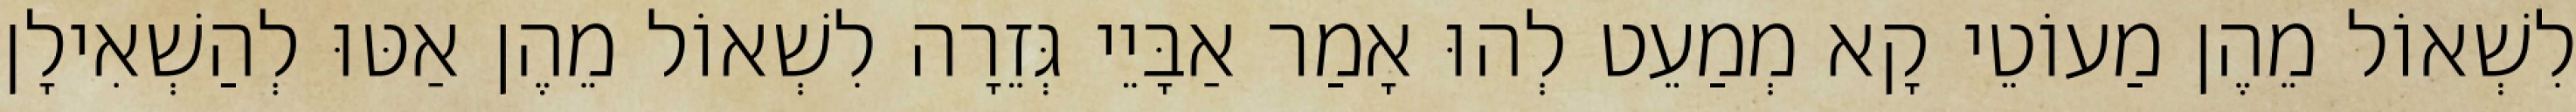
לִשְׁאוֹל מֵהֶן מַעוֹטֵי קָא מְמַעֵט לְהוּ אָמַר אַבָּיֵי גְּזֵרָה לִשְׁאוֹל מֵהֶן אַטּוּ לְהַשְׁאִילָן